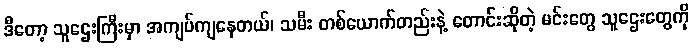
ဒီတော့ သူဌေးကြီးမှာ အကျပ်ကျနေတယ်၊ သမီး တစ်ယောက်တည်းနဲ့ တောင်းဆိုတဲ့ မင်းတွေ သူဌေးတွေကို